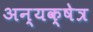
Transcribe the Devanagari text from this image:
अन्यक्षेत्र